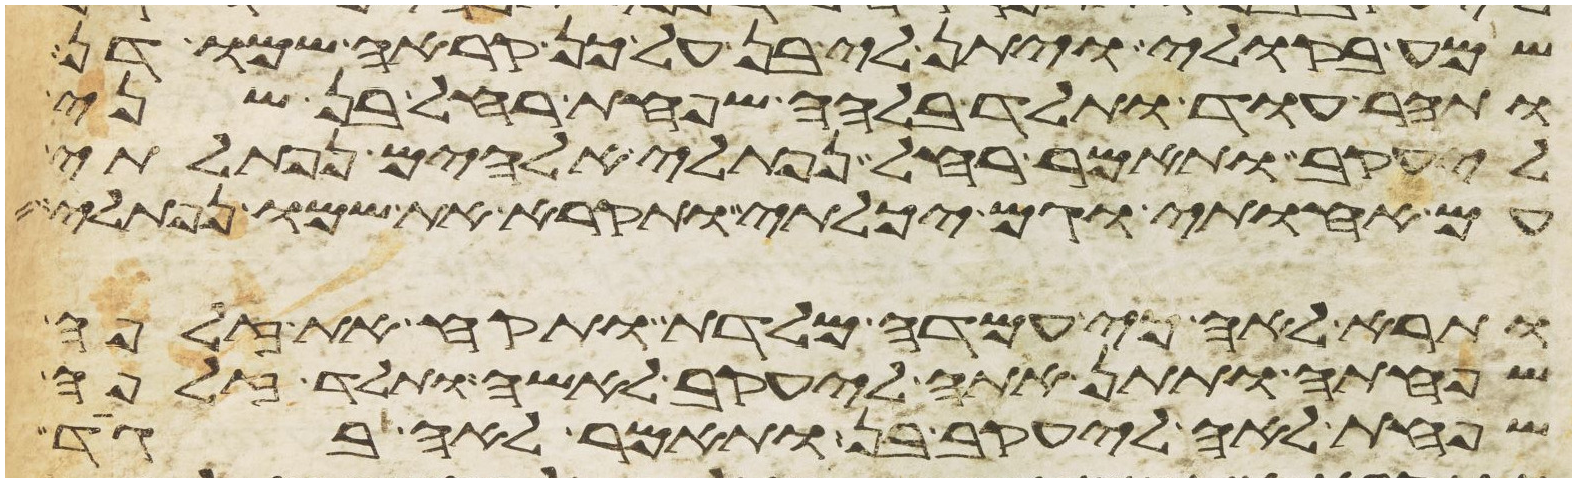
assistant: שמע בקולי ויתן לי בן על כן קראה שמו דן
ותהר עוד ותלד בלהה שפחת רחל בן שני
ליעקב ותאמר רחל נפתלי אלהים נפתלתי
עם אחותי וגם יכלתי ותקרא את שמו נפתלי
ותרא לאה כי עמדה מלדת ותקח את זלפה
שפחתה ותתן אתה ליעקב לאשה ותלד זלפה
שפחת לאה ליעקב בן ותאמר לאה בגד